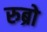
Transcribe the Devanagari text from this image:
रुब्रो